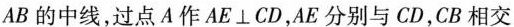
AB的中线，过点A作AE⊥CD，AE分别与CD，CB相交